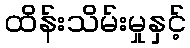
ထိန်းသိမ်းမှုနှင့်